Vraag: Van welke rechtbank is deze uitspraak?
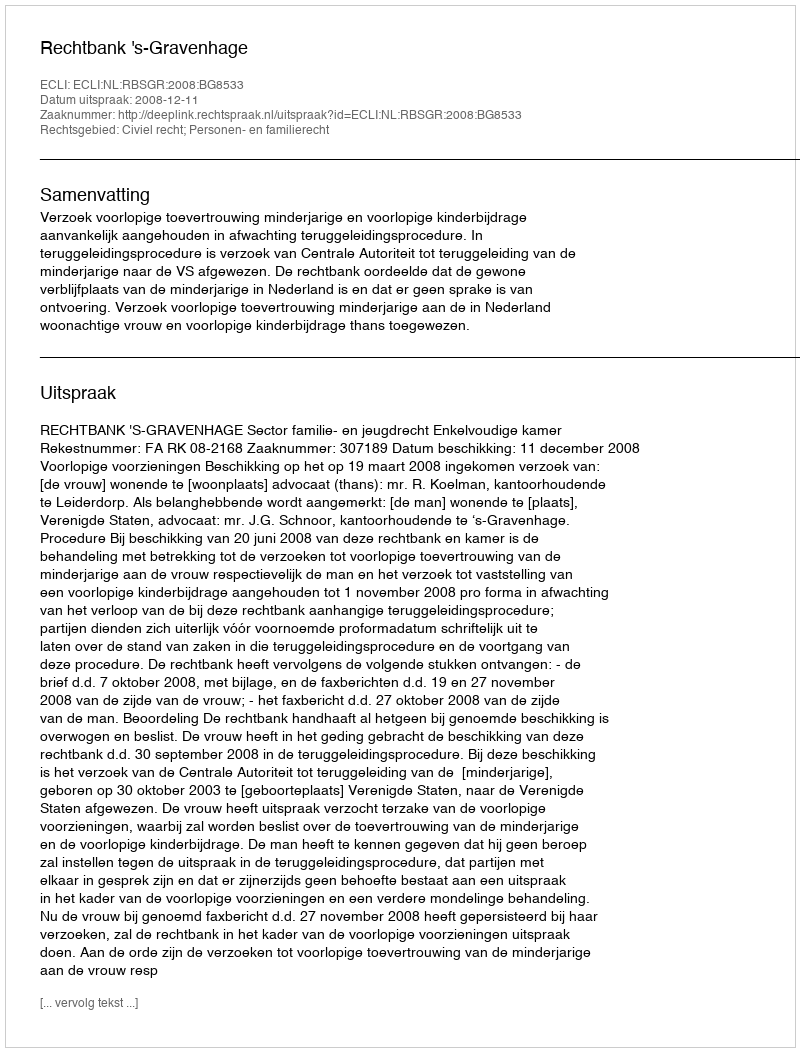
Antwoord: Rechtbank 's-Gravenhage